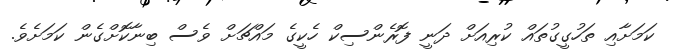
ކަމަށާއި ތަހުގީގުތައް ކުރިއަށް ދަނީ ފޮރެންސިކް ހެކީގެ މައްޗަށް ވެސް ބިނާކޮށްގެން ކަމަށެވެ.